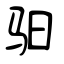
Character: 驲